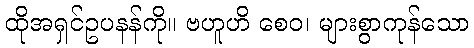
ထိုအရှင်ဥပနန်ကို။ ဗဟူဟိ စေဝ၊ များစွာကုန်သော